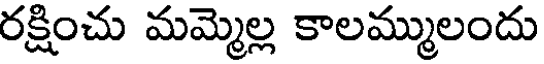
రక్షించు మమ్మెల్ల కాలమ్ములందు